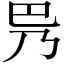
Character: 𫶵